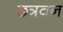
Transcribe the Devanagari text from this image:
छत्रवन